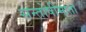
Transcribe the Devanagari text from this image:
सन्तोषीमाता